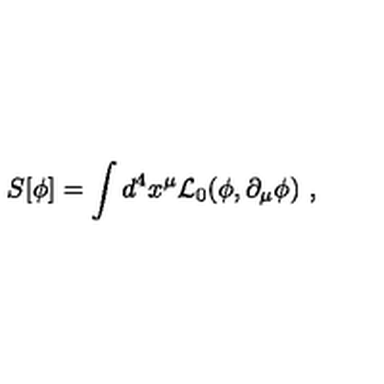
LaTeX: S [ \phi ] = \int d ^ { 4 } x ^ { \mu } { \cal L } _ { 0 } ( \phi , \partial _ { \mu } \phi ) \ ,